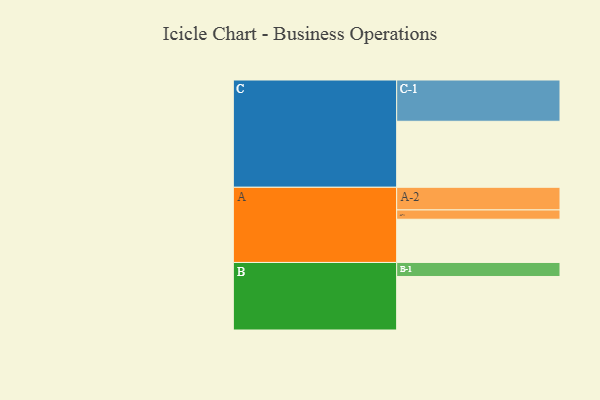
{"axis": {"x": "Segment", "y": "Value"}, "legend": ["", "A", "B", "C"], "data": [{"x": "A", "y": 311, "type": ""}, {"x": "B", "y": 385, "type": ""}, {"x": "C", "y": 475, "type": ""}, {"x": "A-1", "y": 67, "type": "A"}, {"x": "A-2", "y": 163, "type": "A"}, {"x": "B-1", "y": 101, "type": "B"}, {"x": "C-1", "y": 297, "type": "C"}]}